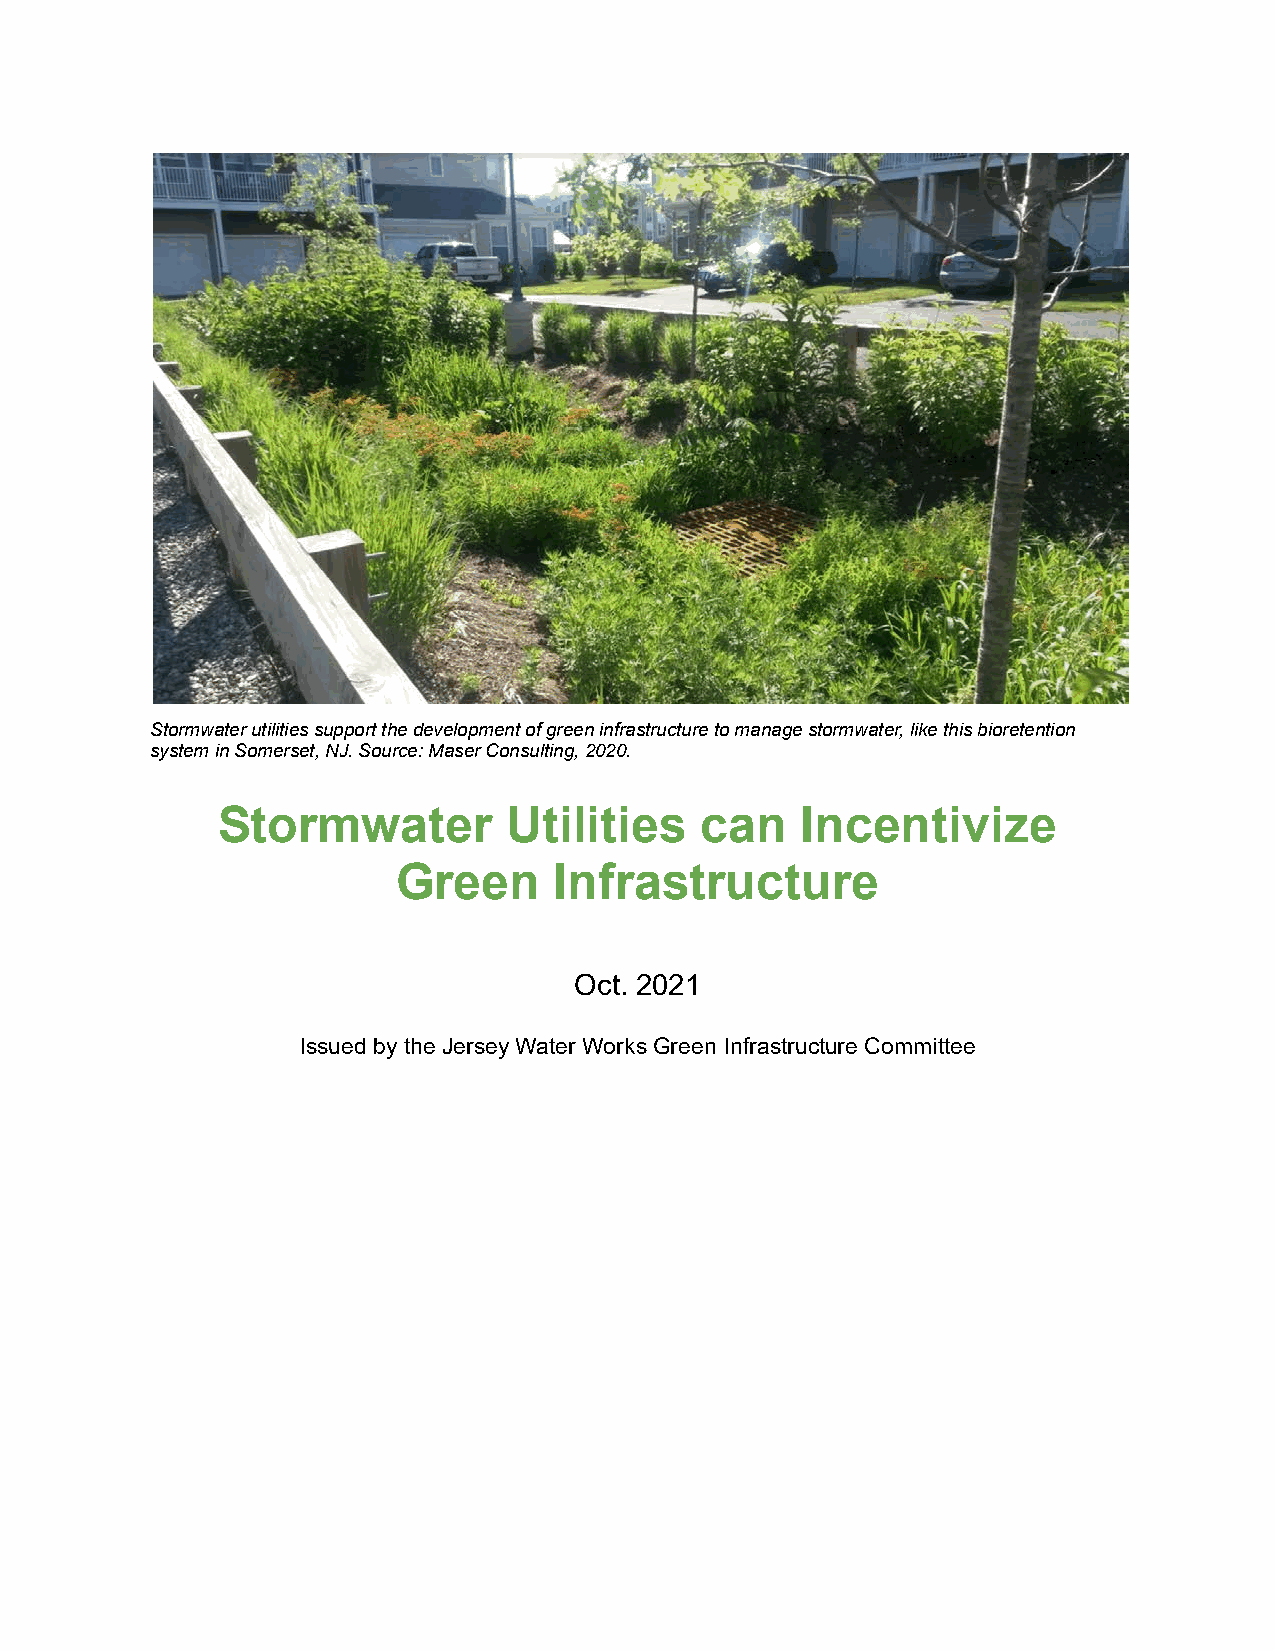
Stormwater utilities support the development of green infrastructure to manage stormwater, like this bioretention
 system in Somerset, NJ. Source: Maser Consulting, 2020.
 Stormwater          Utilities   can    Incentivize
 Green      Infrastructure
 Oct. 2021
 Issued by the Jersey Water Works Green Infrastructure Committee